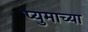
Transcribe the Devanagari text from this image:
प्युमाच्या